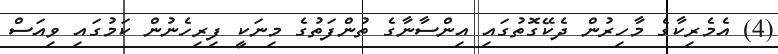
(4) އެމެރިކާގެ މާހިރުން ދެކޭގޮތުގައި އިންސާނާގެ ތުންފަތުގެ މިނަކީ ފިރިހެނުން ކަމުގައި ވިއަސް